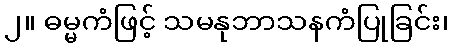
၂။ ဓမ္မကံဖြင့် သမနုဘာသနကံပြုခြင်း၊